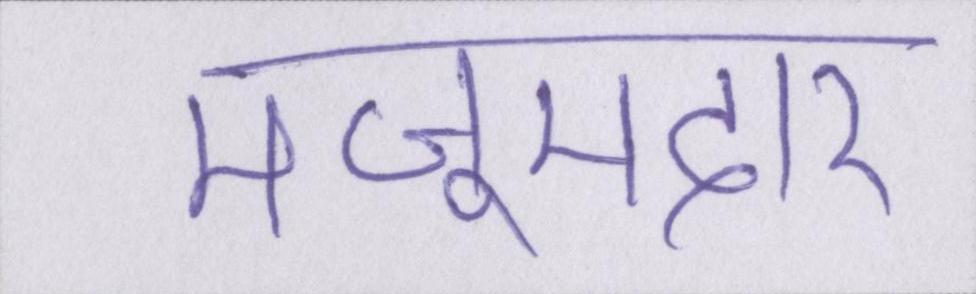
मजूमदार